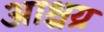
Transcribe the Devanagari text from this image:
आश्चय्र